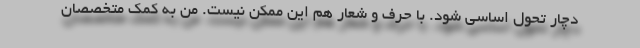
دچار تحول اساسی شود. با حرف و شعار هم این ممکن نیست. من به کمک متخصصان